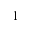
1